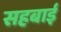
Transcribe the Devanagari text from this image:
सहबाई